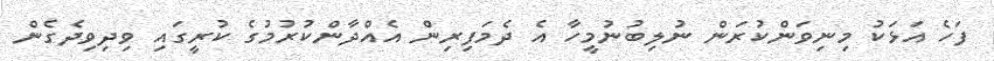
ފަހެ އަޅަކު މިނިވަންކުރަން ނުލިބުނުމީހާ އެ ދެމަފިރިން އެއްދާންކުރުމުގެ ކުރީގައި ވިދިވިދެގެން